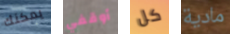
يمكنك أوقفي كل مادية